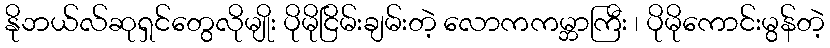
နိုဘယ်လ်ဆုရှင်တွေလိုမျိုး ပိုမိုငြိမ်းချမ်းတဲ့ လောကကမ္ဘာကြီး ၊ ပိုမိုကောင်းမွန်တဲ့